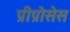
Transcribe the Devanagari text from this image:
प्रीप्रोसेस